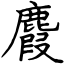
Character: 麚